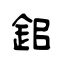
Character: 鈻